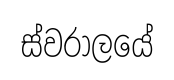
ස්වරාලයේ